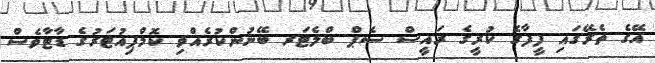
އޭގެ ތެރޭގައި ފީފާގެ ކުރީގެ ރައީސް ސެޕް ބްލެޓަރ ބޭނުންކުރެއްވި ކޮމްޕިއުޓަރުގެ ޑާޓާވެސް